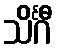
သိင်္ဂီ